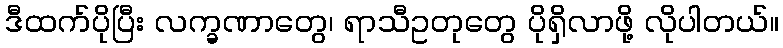
ဒီထက်ပိုပြီး လက္ခဏာတွေ၊ ရာသီဥတုတွေ ပိုရှိလာဖို့ လိုပါတယ်။